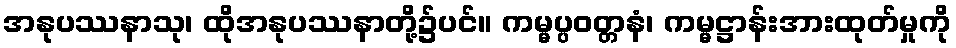
အနုပဿနာသု၊ ထိုအနုပဿနာတို့၌ပင်။ ကမ္မပ္ပဝတ္တနံ၊ ကမ္မဋ္ဌာန်းအားထုတ်မှုကို